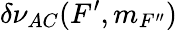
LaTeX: \delta\nu_{AC}(F^{\prime},m_{F^{\prime\prime}})